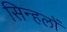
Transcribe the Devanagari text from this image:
सिन्हलों